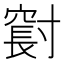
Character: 𪧼